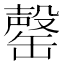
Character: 罄